Leaving Certificate Examination (including Day School Certificate (Higher) General paper), 1936
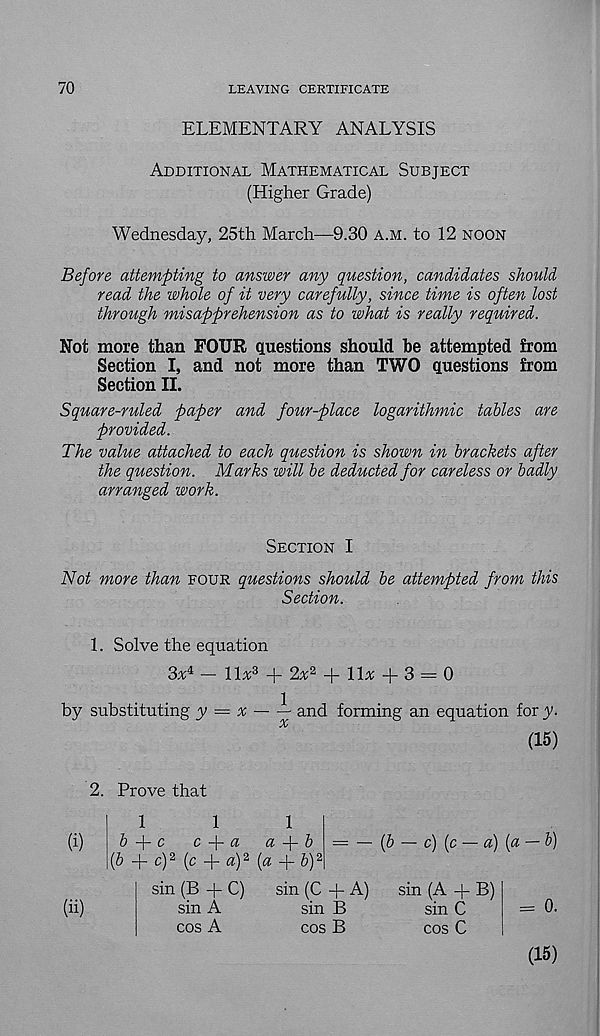
70
LEAVING CERTIFICATE
ELEMENTARY ANALYSIS
Additional Mathematical Subject
(Higher Grade)
Wednesday, 25th March—9.30 a.m. to 12 noon
Before attempting to answer any question, candidates should
read the whole of it very carefully, since time is often lost
through misapprehension as to what is really required.
Not more than FOUR questions should he attempted from
Section I, and not more than TWO questions from
Section II.
Square-ruled paper and four-place logarithmic tables are
provided.
The value attached to each question is shown in brackets after
the question. Marks will be deducted for careless or badly
arranged work.
Section I
Not more than four questions should be attempted from this
Section.
1. Solve the equation
3a 4 —- 11a 3 -f 2a 2 + 11a + 3 = 0
by substituting y = a — i and forming an equation for y.
%
(15)
2. Prove that
(i)
(ii)
1
1
1
&
c
c —| — ci
a —| — lo
(6 + c ) 2 (p + a Y (<2 + 6) 2
(b — c) (c — a) (a — b)
sin (B + C)
sin A
cos A
sin (C + A)
sin B
cos B
sin (A + B)
sin C
cos C
= 0.
(15)